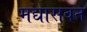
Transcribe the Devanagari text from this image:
मद्यासवन